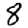
Digit: 8